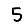
Digit: 5